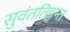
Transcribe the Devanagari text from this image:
सुवंततिङ्गन्त